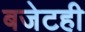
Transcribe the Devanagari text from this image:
बजेटही